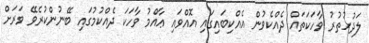
ލަދުހުތުރު ވާހަކަތައް ދެއްކެވުން އެއްކިބައިގައި އޮއްވައި ޢާއްމު ވާހަކަ ދެެއްކުމުގައި ބޭނުންކުރެވޭ ވަރަށް